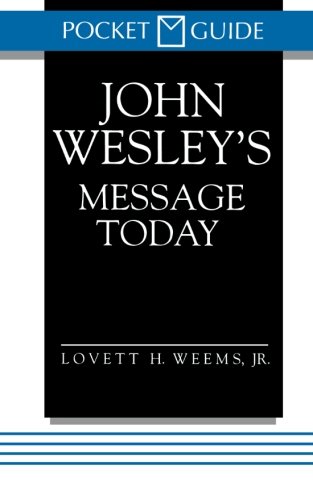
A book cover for John Wesley's Message Today (Pocket Guide); Lovett H. Weems Jr.; Christian Books & Bibles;